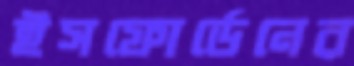
ইসফোর্ডেনের